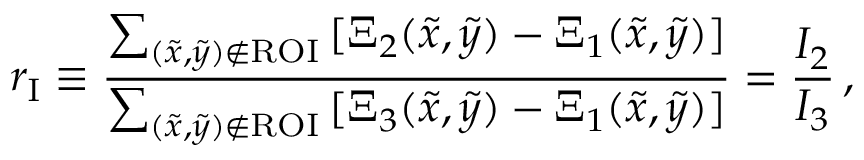
r _ { \mathrm { I } } \equiv \frac { \sum _ { ( \tilde { x } , \tilde { y } ) \notin \mathrm { R O I } } \, [ \Xi _ { 2 } ( \tilde { x } , \tilde { y } ) - \Xi _ { 1 } ( \tilde { x } , \tilde { y } ) ] } { \sum _ { ( \tilde { x } , \tilde { y } ) \notin \mathrm { R O I } } \, [ \Xi _ { 3 } ( \tilde { x } , \tilde { y } ) - \Xi _ { 1 } ( \tilde { x } , \tilde { y } ) ] } = \frac { I _ { 2 } } { I _ { 3 } } \, ,